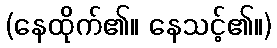
(နေထိုက်၏။ နေသင့်၏။)